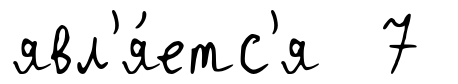
явл'я́етс'я 7